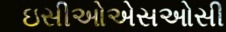
ઇસીઓએસઓસી